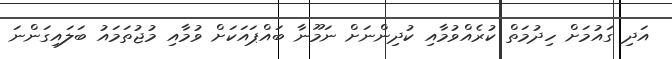
އަދި ގައުމަށް ހިދުމަތް ކުރެއްވުމާއި ކުދިންނަށް ނަމޫނާ ބައްޕައަކަށް ވުމާއި މުޖުތަމައު ބަލައިގަންނަ